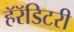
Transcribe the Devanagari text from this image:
हॅरॅडिटरी